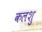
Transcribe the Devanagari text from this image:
कलशु